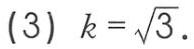
(3) \(k = \sqrt{3}\).